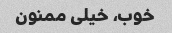
خوب، خیلی ممنون